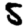
Digit: 5